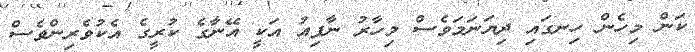
ކަން މިހެން ހިނގައި ދިޔަނަމަވެސް މިހާރު ނާފިއު އަކީ އޭނާގެ ކުރީގެ އެކުވެރިންވެސް